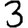
Digit: 3